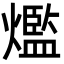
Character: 爁